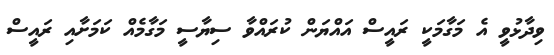
ވިދާޅުވީ އެ މަގާމަކީ ރައީސް އައްޔަން ކުރައްވާ ސިޔާސީ މަގާމެއް ކަމަށާއި ރައީސް